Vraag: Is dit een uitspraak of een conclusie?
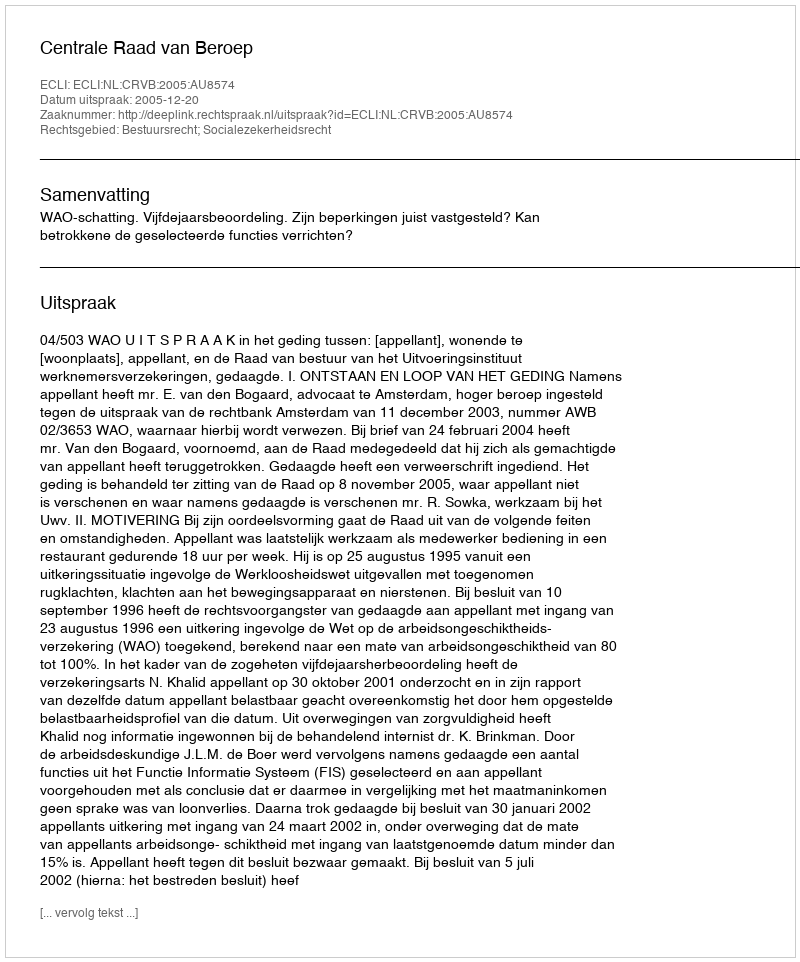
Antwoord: Uitspraak